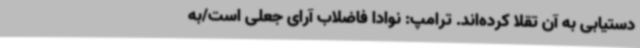
دستیابی به آن تقلا کرده‌اند. ترامپ: نوادا فاضلاب آرای جعلی است/به